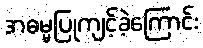
အဓမ္မပြုကျင့်ခဲ့ကြောင်း